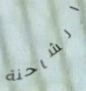
الشاحنة